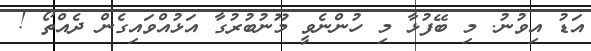
އަޑު އިވުނު. މި ބޭފުޅާ މި ހުންނެވީ މޫނުބުރުގާ އަޅުއްވައިގެން ދެއްތޯ !